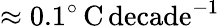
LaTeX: \approx 0.1^{\circ}\, \mathrm{C}\, \mathrm{decade}^{-1}